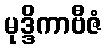
မုဒ္ဒိကာဗီဇံ